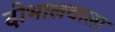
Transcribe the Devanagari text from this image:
दोभालवाला